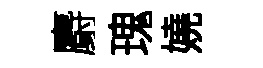
麝瑰嬈